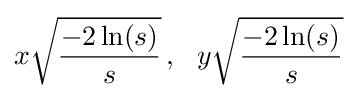
x{\sqrt {\frac {-2\ln(s)}{s}}}\,,\ \ y{\sqrt {\frac {-2\ln(s)}{s}}}